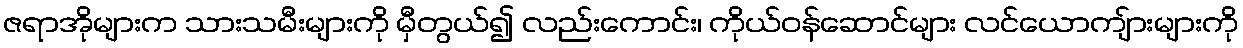
ဇရာအိုများက သားသမီးများကို မှီတွယ်၍ လည်းကောင်း၊ ကိုယ်ဝန်ဆောင်များ လင်ယောကျ်ားများကို